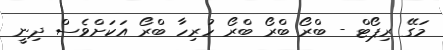
މަގޭ ރިޕޯޓް - ބްރޯ ބްރޯ ބްރޯ ހުރިހާ ބްރޯ އަކަށްވެސް ދިނީ